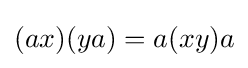
(ax)(ya)=a(xy)a